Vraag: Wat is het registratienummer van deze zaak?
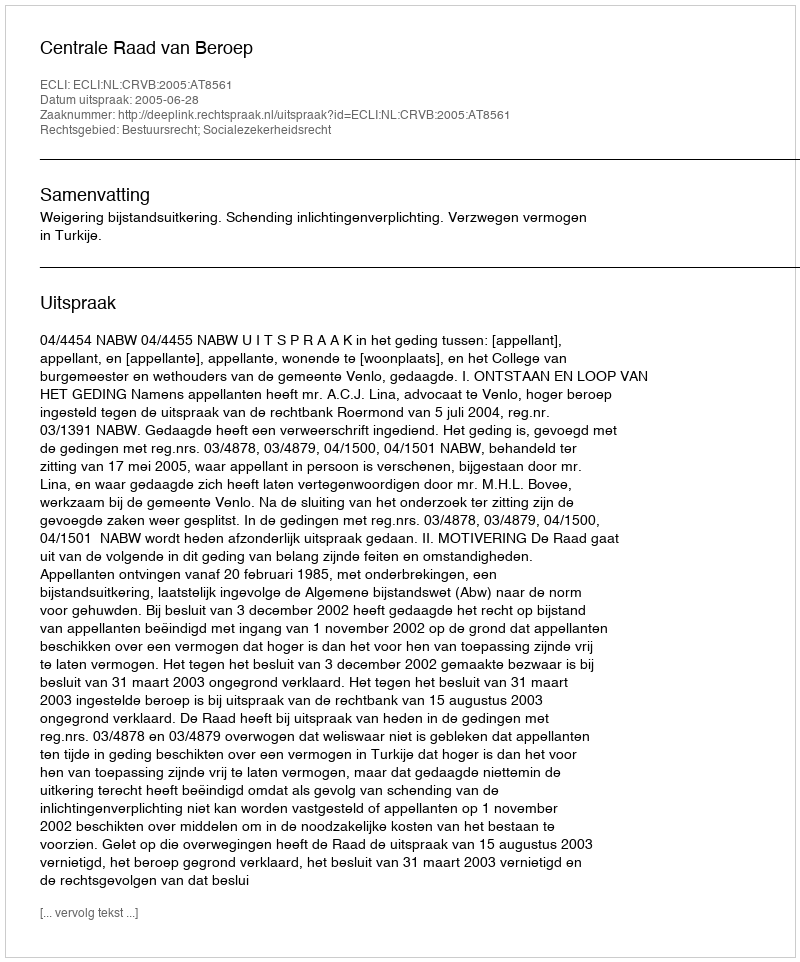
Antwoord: http://deeplink.rechtspraak.nl/uitspraak?id=ECLI:NL:CRVB:2005:AT8561